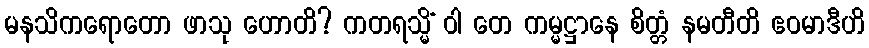
မနသိကရောတော ဖာသု ဟောတိ? ကတရသ္မိံ ဝါ တေ ကမ္မဋ္ဌာနေ စိတ္တံ နမတီတိ ဧဝမာဒီဟိ